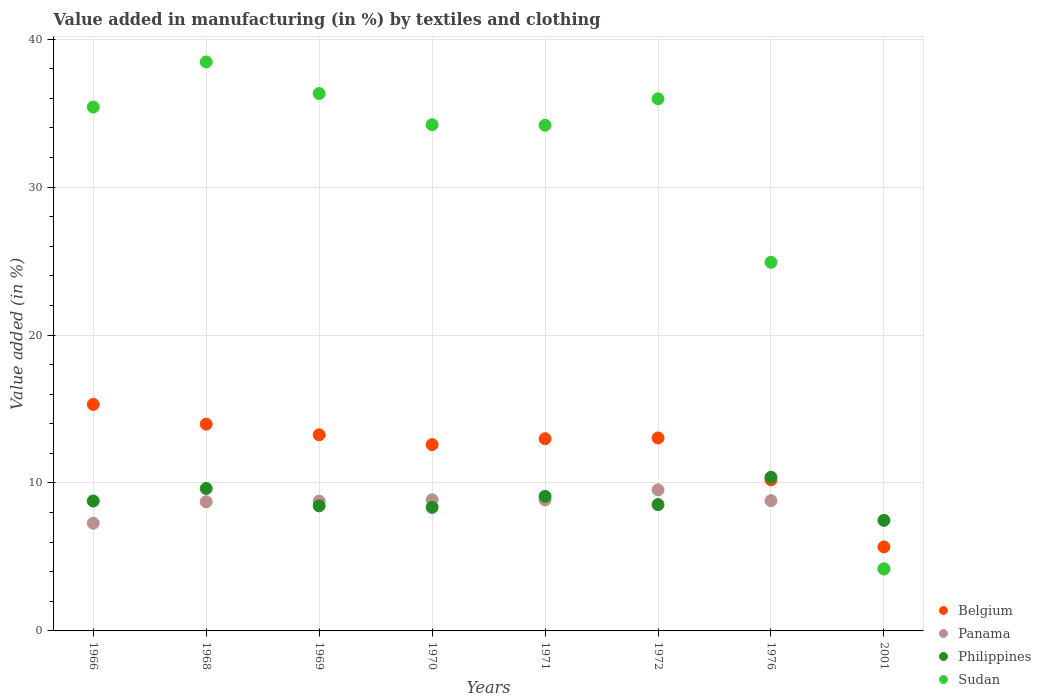
| Years | Belgium | Panama | Philippines | Sudan |
 | --- | --- | --- | --- | --- |
 | 1966 | 15.3 | 7.28 | 8.78 | 35.4 |
 | 1968 | 14 | 8.73 | 9.63 | 38.5 |
 | 1969 | 13.3 | 8.77 | 8.45 | 36.3 |
 | 1970 | 12.6 | 8.87 | 8.35 | 34.2 |
 | 1971 | 13 | 8.85 | 9.09 | 34.2 |
 | 1972 | 13 | 9.53 | 8.54 | 36 |
 | 1976 | 10.2 | 8.8 | 10.4 | 24.9 |
 | 2001 | 5.68 | 4.19 | 7.47 | 4.19 |